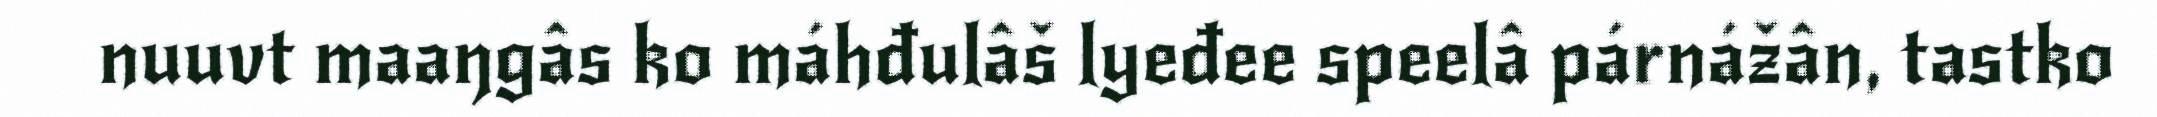
nuuvt maaŋgâs ko máhđulâš lyeđee speelâ párnážân, tastko